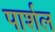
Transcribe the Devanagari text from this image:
पार्शल